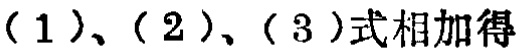
(1)、(2)、(3)式相加得